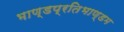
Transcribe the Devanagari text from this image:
भाण्डप्रतिभाण्डम